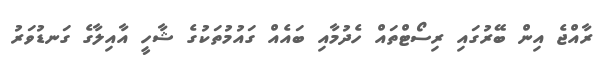
ރާއްޖެ އިން ބޭރުގައި ރިސޯޓްތައް ހެދުމާއި ބައެއް ގައުމުތަކުގެ ޝާހީ އާއިލާގެ ގަނޑުވަރު